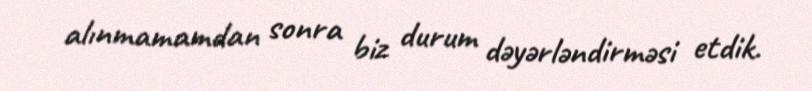
alınmamamdan sonra biz durum dəyərləndirməsi etdik.